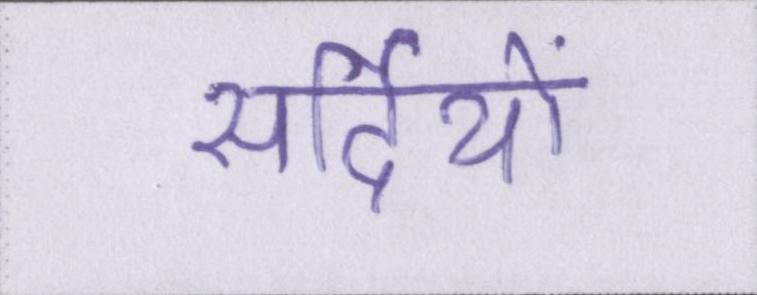
सर्दियों